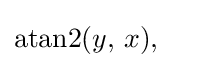
\mathrm {atan2} (y,\,x),\;\;\;\;\;